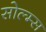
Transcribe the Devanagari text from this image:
सोल्म्स